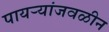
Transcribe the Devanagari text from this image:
पायऱ्यांजवळीन